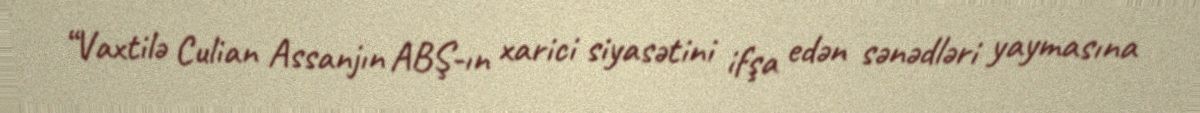
“Vaxtilə Culian Assanjın ABŞ-ın xarici siyasətini ifşa edən sənədləri yaymasına